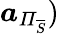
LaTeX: \boldsymbol{a}_{\mathit{\Pi}_{\overline{{S}}}})